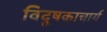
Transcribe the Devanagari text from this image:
विदूषकाचार्य